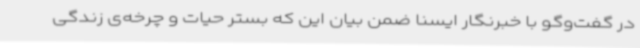
در گفت‌وگو با خبرنگار ایسنا ضمن بیان این که بستر حیات و چرخه‌ی زندگی